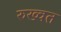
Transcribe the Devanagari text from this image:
रुख्वत